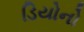
ડિયોનો